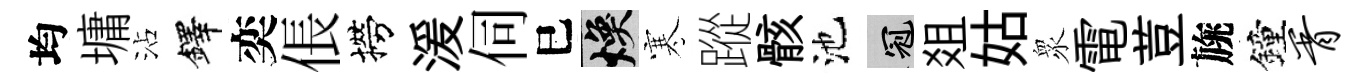
均墉沾鐸奕倀撈湲伺巳焕寒蹤骸池冠爼姑衆電荳旐鐘胥